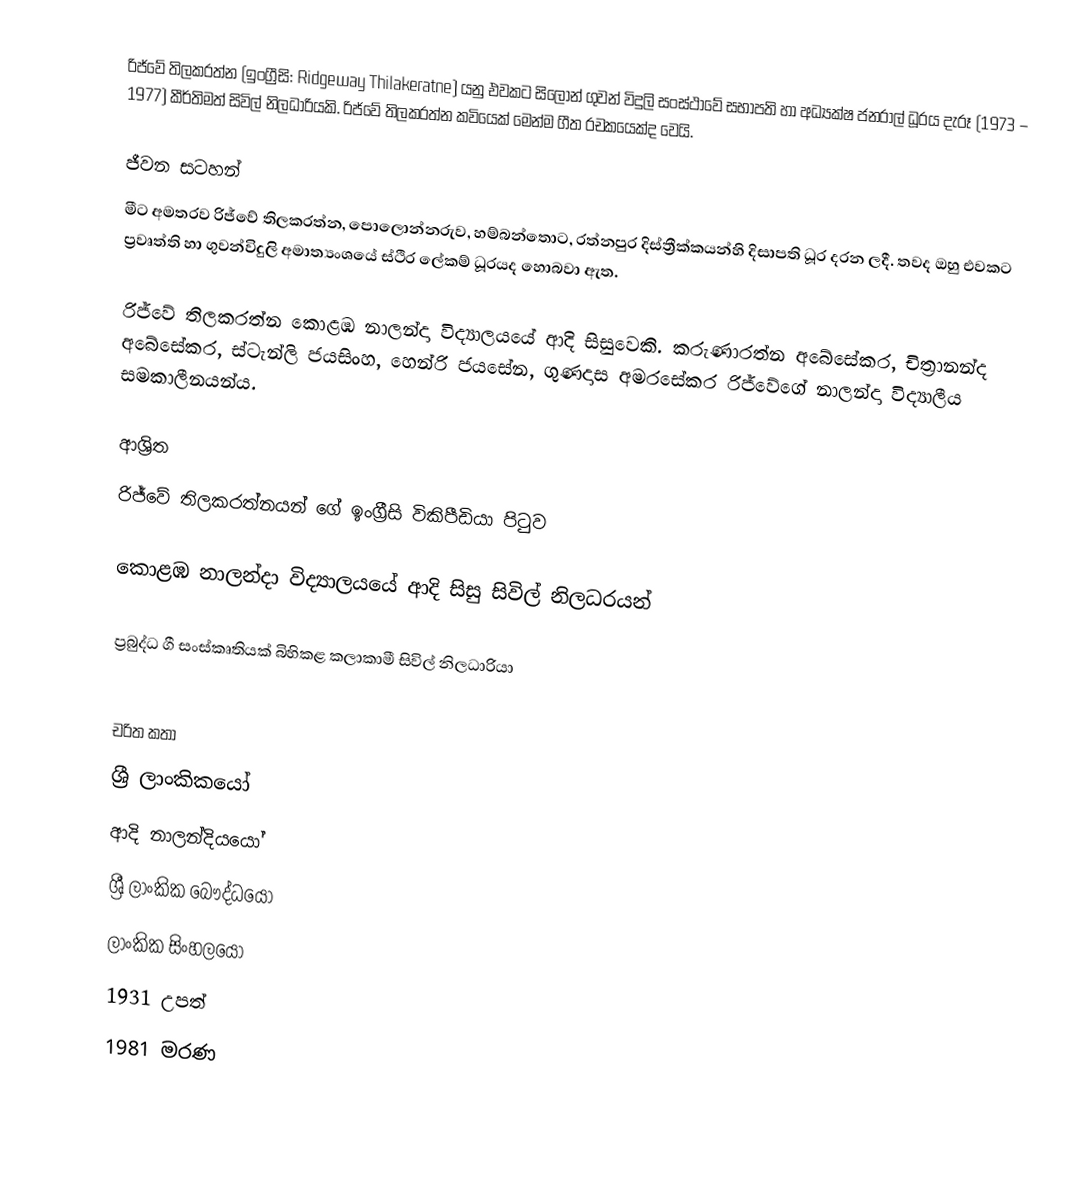
රිජ්වේ තිලකරත්න (ඉංග්‍රීසි: Ridgeway Thilakeratne) යනු එවකට සිලෝන් ගුවන් විදුලි සංස්ථාවේ සභාපති හා අධ්‍යක්ෂ ජනරාල් ධූරය දැරූ (1973 – 1977) කීර්තිමත් සිවිල් නිලධාරියකි. රිජ්වේ තිලකරත්න කවියෙක් මෙන්ම ගීත රචකයෙක්ද වෙයි.

ජීවන සටහන්
මීට අමතරව රිජ්වේ තිලකරත්න, පොලොන්නරුව, හම්බන්තොට, රත්නපුර දිස්ත්‍රීක්කයන්හි දිසාපති ධූර දරන ලදී. තවද ඔහු එවකට ප්‍රවෘත්ති හා ගුවන්විදුලි අමාත්‍යංශයේ ස්ථිර ලේකම් ධූරයද හොබවා ඇත.

රිජ්වේ තිලකරත්න  කොළඹ නාලන්දා විද්‍යාලයයේ ආදි සිසුවෙකි. කරුණාරත්න අබේසේකර, චිත්‍රානන්ද අබේසේකර, ස්ටැන්ලි ජයසිංහ, හෙන්රි ජයසේන, ගුණදාස අමරසේකර රිජ්වේගේ නාලන්දා විද්‍යාලීය සමකාලීනයන්ය.

ආශ්‍රිත
 රිජ්වේ තිලකරත්නයන් ගේ ඉංග්‍රීසි විකිපීඩියා පිටුව

 කොළඹ නාලන්දා විද්‍යාලයයේ ආදි සිසු සිවිල් නිලධරයන්

 ප්‍රබුද්ධ ගී සංස්කෘතියක් බිහිකළ කලාකාමී සිවිල් නිලධාරියා

චරිත කතා
ශ්‍රී ලාංකිකයෝ
ආදි නාලන්දියයෝ
ශ්‍රී ලාංකික බෞද්ධයෝ
ලාංකික සිංහලයෝ
1931 උපත්
1981 මරණ